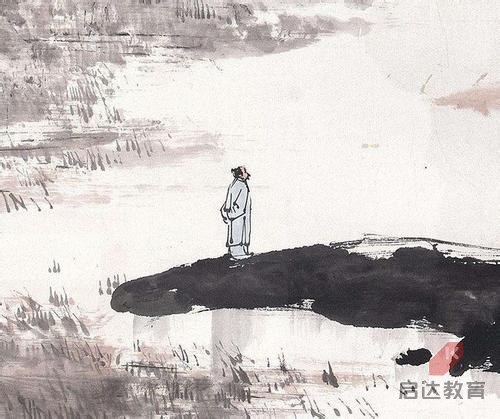
因思杜陵梦，凫雁满回塘。